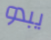
يبدو